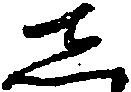
し